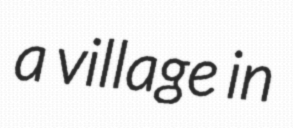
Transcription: a village in